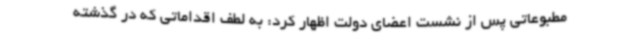
مطبوعاتی پس از نشست اعضای دولت اظهار کرد: به لطف اقداماتی که در گذشته